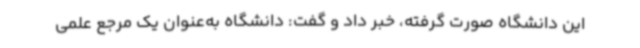
این دانشگاه صورت گرفته، خبر داد و گفت: دانشگاه به‌عنوان یک مرجع علمی